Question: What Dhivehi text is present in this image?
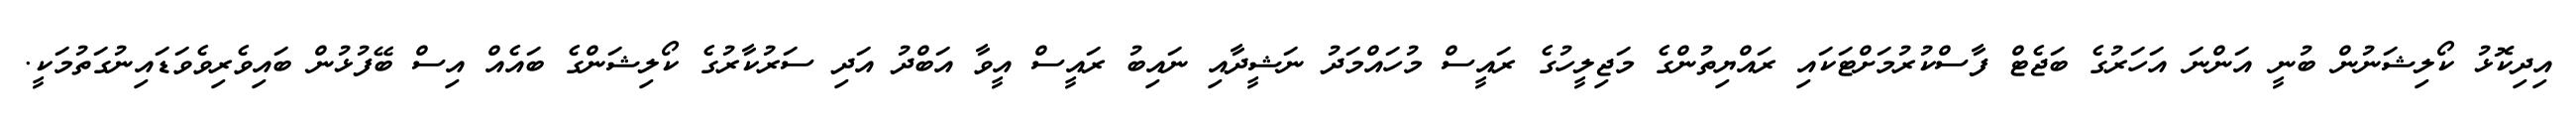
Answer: އިދިކޮޅު ކޯލިޝަނުން ބުނީ އަންނަ އަހަރުގެ ބަޖެޓް ފާސްކުރުމަށްޓަކައި ރައްޔިތުންގެ މަޖިލީހުގެ ރައީސް މުހައްމަދު ނަޝީދާއި ނައިބު ރައީސް އީވާ އަބްދު އަދި ސަރުކާރުގެ ކޯލިޝަންގެ ބައެއް އިސް ބޭފުޅުން ބައިވެރިވެވަޑައިނުގަތުމަކީ.